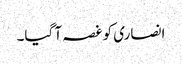
انصاری کو غصہ آ گیا۔